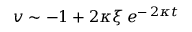
\: v \sim - 1 + 2 \kappa \xi \, e ^ { - \, 2 \kappa t } \: